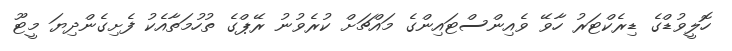
ހޮލީވުޑްގެ ޑިރެކްޓަރު ހާވޭ ވެއިންސްޓައިންގެ މައްޗަށް ކުރެވުނު ރޭޕްގެ ތުހުމަތާއެކު ފެށިގެންދިޔަ މީޓޫ